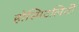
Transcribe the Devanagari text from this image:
होस्पिटलिटी